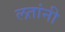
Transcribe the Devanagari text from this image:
लतांनी